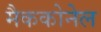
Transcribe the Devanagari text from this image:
मैककोनेल